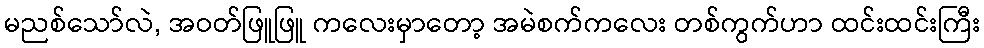
မညစ်သော်လဲ, အဝတ်ဖြူဖြူ ကလေးမှာတော့ အမဲစက်ကလေး တစ်ကွက်ဟာ ထင်းထင်းကြီး